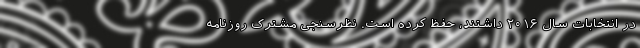
در انتخابات سال ۲۰۱۶ داشتند، حفظ کرده است. نظرسنجی مشترک روزنامه